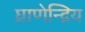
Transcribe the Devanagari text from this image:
घ्राणेन्द्रिय